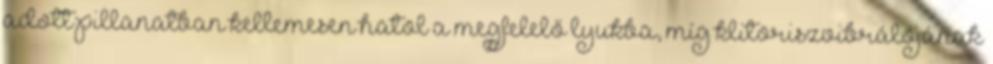
adott pillanatban kellemesen hatol a megfelelő lyukba, míg klitoriszvibrálójának